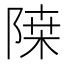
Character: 𲉗